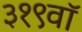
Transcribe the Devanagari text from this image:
३१९वॉ